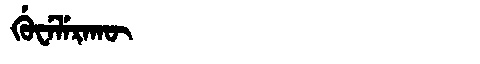
Manchu: ᡤᡠᠸᡝᠯᡝᡵᠠᡴᡡ
Romanization: GUWELERAKŪ